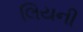
લિયની